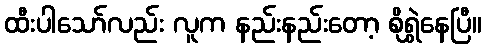
ထီးပါသော်လည်း လူက နည်းနည်းတော့ စိုရွှဲနေပြီ။